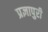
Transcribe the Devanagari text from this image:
प्रज्ञापुरी